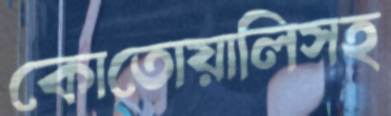
কোতোয়ালিসহ